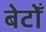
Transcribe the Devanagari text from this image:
बेटोँ